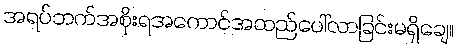
အရပ်ဘက်အစိုးရအကောင်အထည်ပေါ်လာခြင်းမရှိချေ။